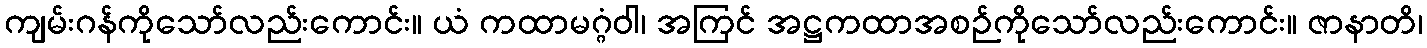
ကျမ်းဂန်ကိုသော်လည်းကောင်း။ ယံ ကထာမဂ္ဂံဝါ၊ အကြင် အဋ္ဌကထာအစဉ်ကိုသော်လည်းကောင်း။ ဇာနာတိ၊